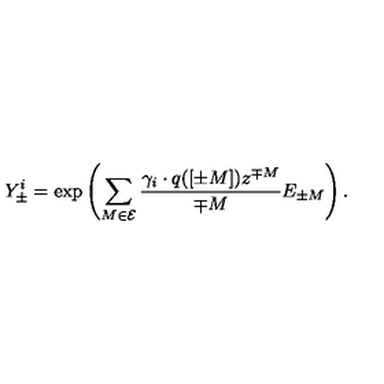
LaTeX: Y _ { \pm } ^ { i } = \exp \left( \sum _ { M \in \cal E } \frac { \gamma _ { i } \cdot q ( [ \pm M ] ) z ^ { \mp M } } { \mp M } E _ { \pm M } \right) .